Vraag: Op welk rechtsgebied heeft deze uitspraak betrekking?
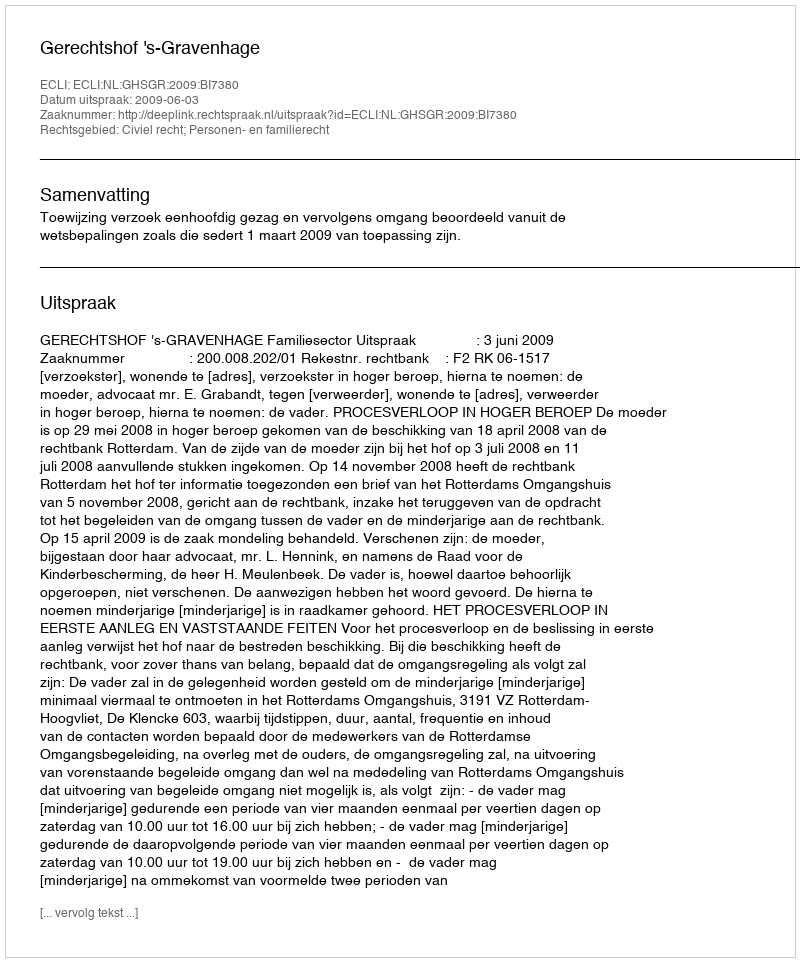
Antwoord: Civiel recht; Personen- en familierecht